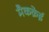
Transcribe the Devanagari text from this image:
मैकक्रेई